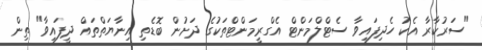
"ސަރުކާރާ އެކު ހެދިފައިވާ ސެޓްލްމަންޓް އެގްރީމަންޓްތަކުގެ ދަށުން ބޮޑެތި އިނާޔަތްތައް ދީފައިވާ" ތިން